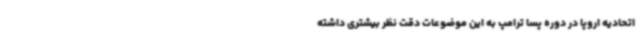
اتحادیه اروپا در دوره پسا ترامپ به این موضوعات دقت نظر بیشتری داشته